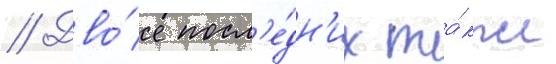
// Дво́е посл'е́дн'их та́кже